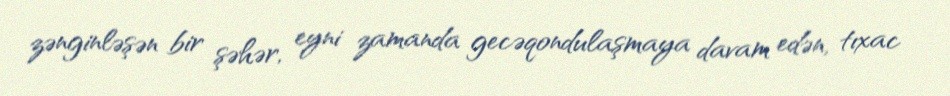
zənginləşən bir şəhər, eyni zamanda gecəqondulaşmaya davam edən, tıxac